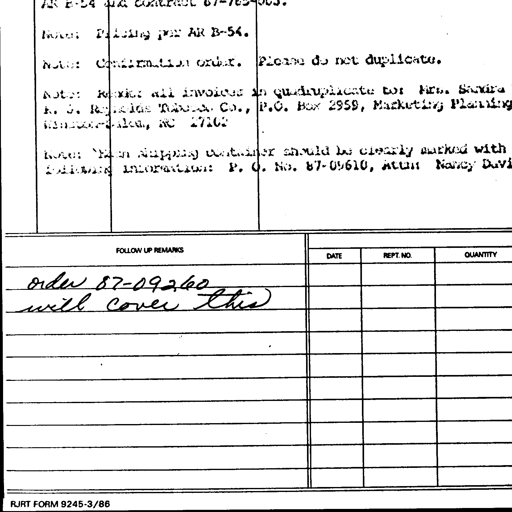
AR B-54 and contract 87-765-003.

Note: Pricing per AR B-54.

Note: Confirmation order. Please do not duplicate.

Note: Render all invoices in quadruplicate to: Mrs. Sandra
R. J. Reynolds Tobacco Co., P.O. Box 2959, Marketing Planning
Winston-Salem, NC 27102

Note: Each shipping container should be clearly marked with
following information: P. O. No. 87-09610, Attn: Nancy Davi

FOLLOW UP REMARKS
DATE REPT. NO. QUANTITY
order 87-09260
will cover this
RJRT FORM 9245-3/86